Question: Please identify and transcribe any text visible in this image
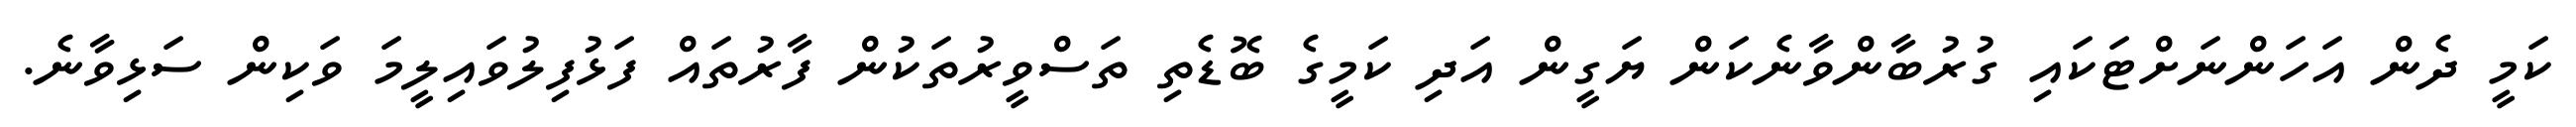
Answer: ކަމީ ދެން އަހަންނަށްޓަކައި ގުރުބާންވާނެކަން ޔަގީން އަދި ކަމީގެ ބޮޑެތި ތަސްވީރުތަކުން ފާރުތައް ފަޅުފިލުވައިލީމަ ވަކިން ސަޅިވާނެ.